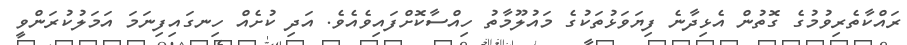
ރައްކާތެރިވުމުގެ ގޮތުން އެޅިދާނެ ފިޔަވަޅުތަކުގެ މައުލޫމާތު ހިއްސާކޮށްފައިވެއެވެ. އަދި ކުށެއް ހިނގައިފިނަމަ އަމަލުކުރަންވީ